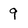
Character: q